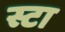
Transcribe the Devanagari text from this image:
स्टा